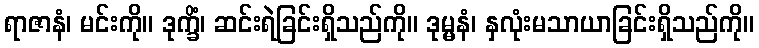
ရာဇာနံ၊ မင်းကို။ ဒုက္ခိံ၊ ဆင်းရဲခြင်းရှိသည်ကို။ ဒုမ္မနံ၊ နှလုံးမသာယာခြင်းရှိသည်ကို။